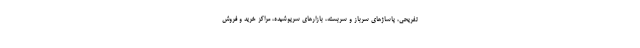
تفریحی، پاساژهای سرباز و سربسته، بازارهای سرپوشیده، مراکز خرید و فروش